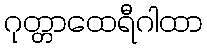
ဂုတ္တာထေရီဂါထာ